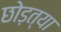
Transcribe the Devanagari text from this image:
छोड़त्या